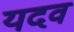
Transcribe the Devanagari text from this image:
यदव